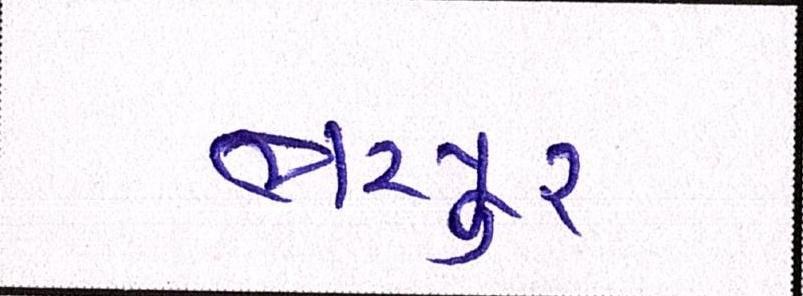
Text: ભરપુર